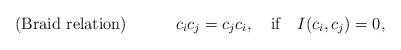
LaTeX: \begin{align*} {\rm (Braid \ relation)}\ \ \ \ \ \ \ \ \ c_i c_j = c_j c_i, \ \ \ {\rm if}\ \ \ I(c_i,c_j)=0, \ \end{align*}